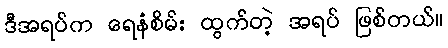
ဒီအရပ်က ရေနံစိမ်း ထွက်တဲ့ အရပ် ဖြစ်တယ်။